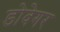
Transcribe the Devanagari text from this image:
डोवेगर